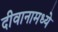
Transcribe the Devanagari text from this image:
दीवानामध्ये